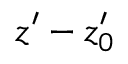
z ^ { \prime } - z _ { 0 } ^ { \prime }